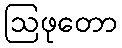
ဩဖုတော